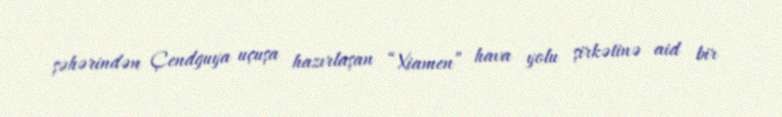
şəhərindən Çendguya uçuşa hazırlaşan “Xiamen” hava yolu şirkətinə aid bir